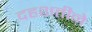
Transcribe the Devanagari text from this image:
दहशतीने